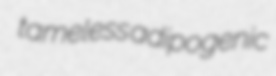
tameless adipogenic